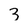
Character: 3